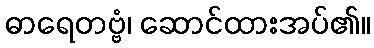
ဓာရေတဗ္ဗံ၊ ဆောင်ထားအပ်၏။